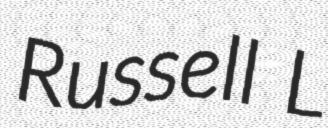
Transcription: Russell L